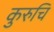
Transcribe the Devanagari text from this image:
कुरुचि